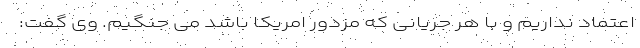
اعتماد نداریم و با هر جریانی که مزدور امریکا باشد می جنگیم. وی گفت: